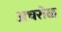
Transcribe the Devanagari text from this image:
अचरोळ